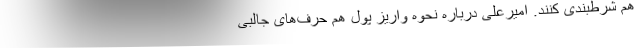
هم شرط‌بندی کنند. امیرعلی درباره نحوه واریز پول هم حرف‌های جالبی